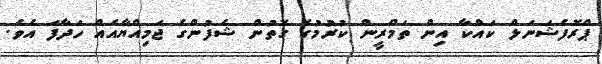
ޕްރޮފެޝަނަލް ކައްކާ އިން ތަމްރީން ކުރުމުގެ ގޮތުން ޝެފުންގެ ޖަމިއްޔާއެއް ހަދާފަ އެވެ.